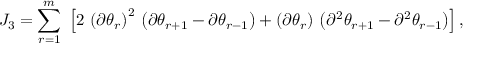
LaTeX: J _ { 3 } = \sum _ { r = 1 } ^ { m } \; \left[ 2 \, \left( \partial \theta _ { r } \right) ^ { 2 } \, \left( \partial \theta _ { r + 1 } - \partial \theta _ { r - 1 } \right) + \left( \partial \theta _ { r } \right) \, \left( \partial ^ { 2 } \theta _ { r + 1 } - \partial ^ { 2 } \theta _ { r - 1 } \right) \right] ,